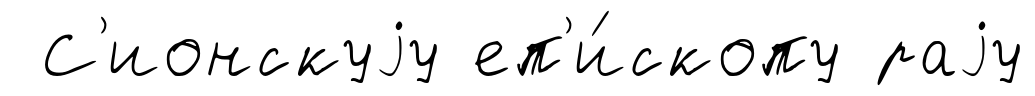
С'ионскуjу еп'и́скопу раjу